Civil Veterinary Dept. North-West Frontier Province 1923-32 - 1923-1932
Year: 1923
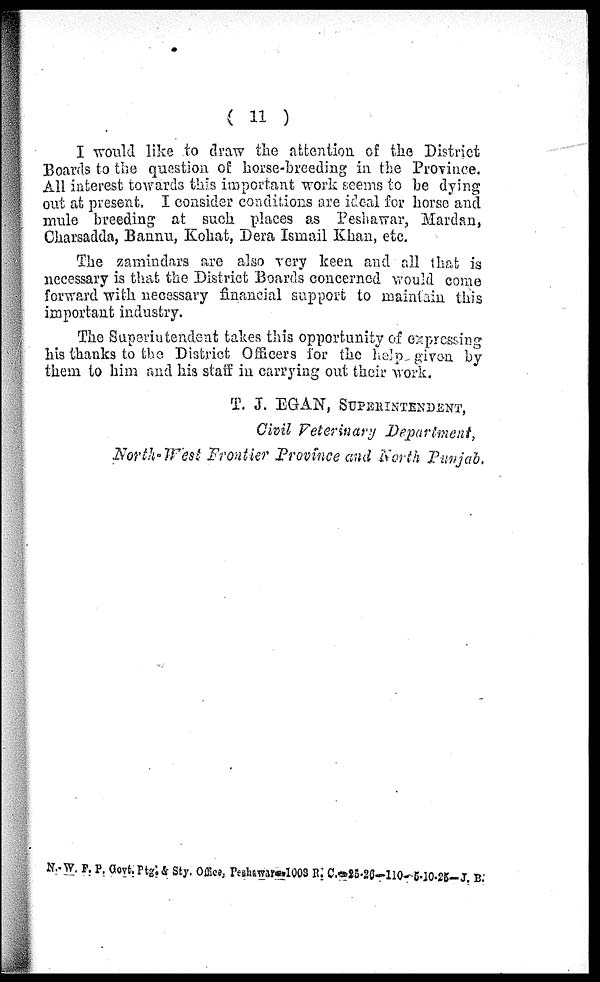
( 11 )
I would like to draw the attention of the District
Boards to the question of horse-breeding in the Province.
All interest towards this important work seems to be dying
out at present, I consider conditions are ideal for horse and
mule breeding at such places as Peshawar, Mardan,
Charsadda, Bannu, Kohat, Dera Ismail Khan, etc.
The zamindars are also very keen and all that is
necessary is that the District Boards concerned would come
forward with necessary financial support to maintain this
important industry.
The Superintendent takes this opportunity of expressing
his thanks to the District Officers for the help given by
them to him and his staff in carrying out their work.
T. J. EGAN, SUPERINTENDENT,
Civil Veterinary Department,
North-West Frontier Province and North Punjab.
N.-W. F. P. Govt. Ptg. & Sty. Office, Peshawar— 1003 R. C.—25-26—110—5-10-25— J. B.